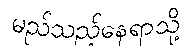
မည်သည့်နေရာသို့